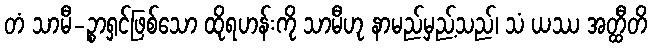
တံ သာမီ-ဉ္စာရှင်ဖြစ်သော ထိုရဟန်းကို သာမီဟု နာမည်မှည့်သည်၊ သံ ယဿ အတ္ထီတိ